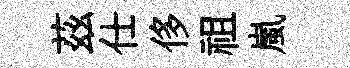
茲仕侈祖嵐